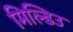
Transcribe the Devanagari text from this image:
मिल्डिउ